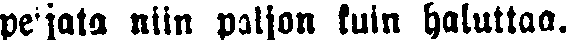
peijata niin paljon kuin haluttaa.